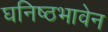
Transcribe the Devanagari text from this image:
घनिष्ठभावेन